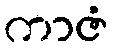
ကာဇံ